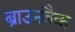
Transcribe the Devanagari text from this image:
ब्राउनबैक